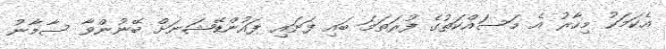
އެކަމަކު މިހާރު އެ މަސައްކަތުގެ ފުރަތަމަ ބައި ފަށައި ފައުންޑޭޝަނަށް ބޭނުންވާ ސާމާނު